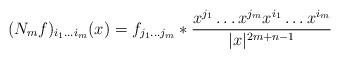
LaTeX: \begin{align*} (N_mf)_{i_1 \dots i_m} (x) = f_{j_1 \dots j_m} * \frac{x^{j_1} \dots x^{j_m} x^{i_1} \dots x^{i_m}}{|x|^{2m+n-1}}\end{align*}